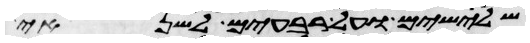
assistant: שלישים ועל רביעים לשנאי